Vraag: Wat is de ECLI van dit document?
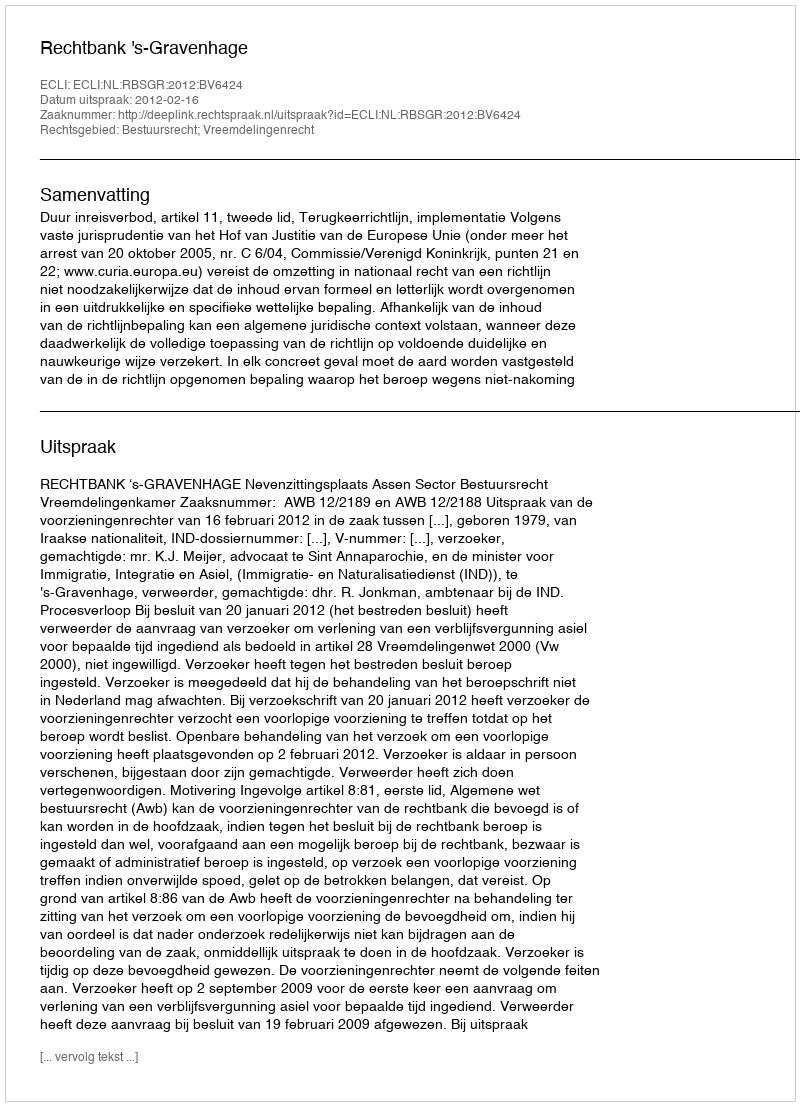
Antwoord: ECLI:NL:RBSGR:2012:BV6424